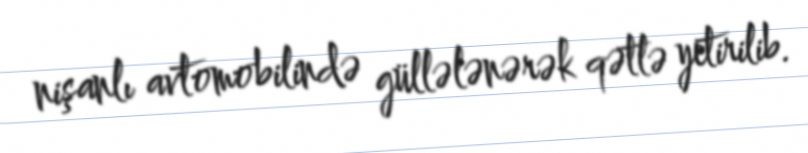
nişanlı avtomobilində güllələnərək qətlə yetirilib.